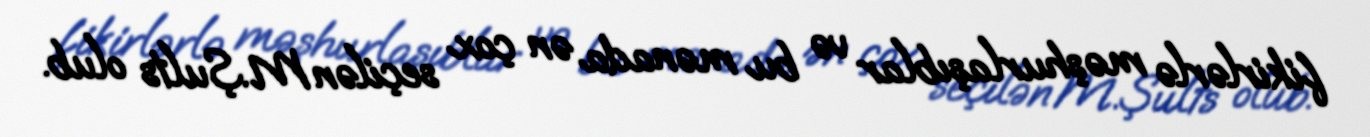
fikirlərlə məşhurlaşıblar və bu mənada ən çox seçilən M.Şults olub.